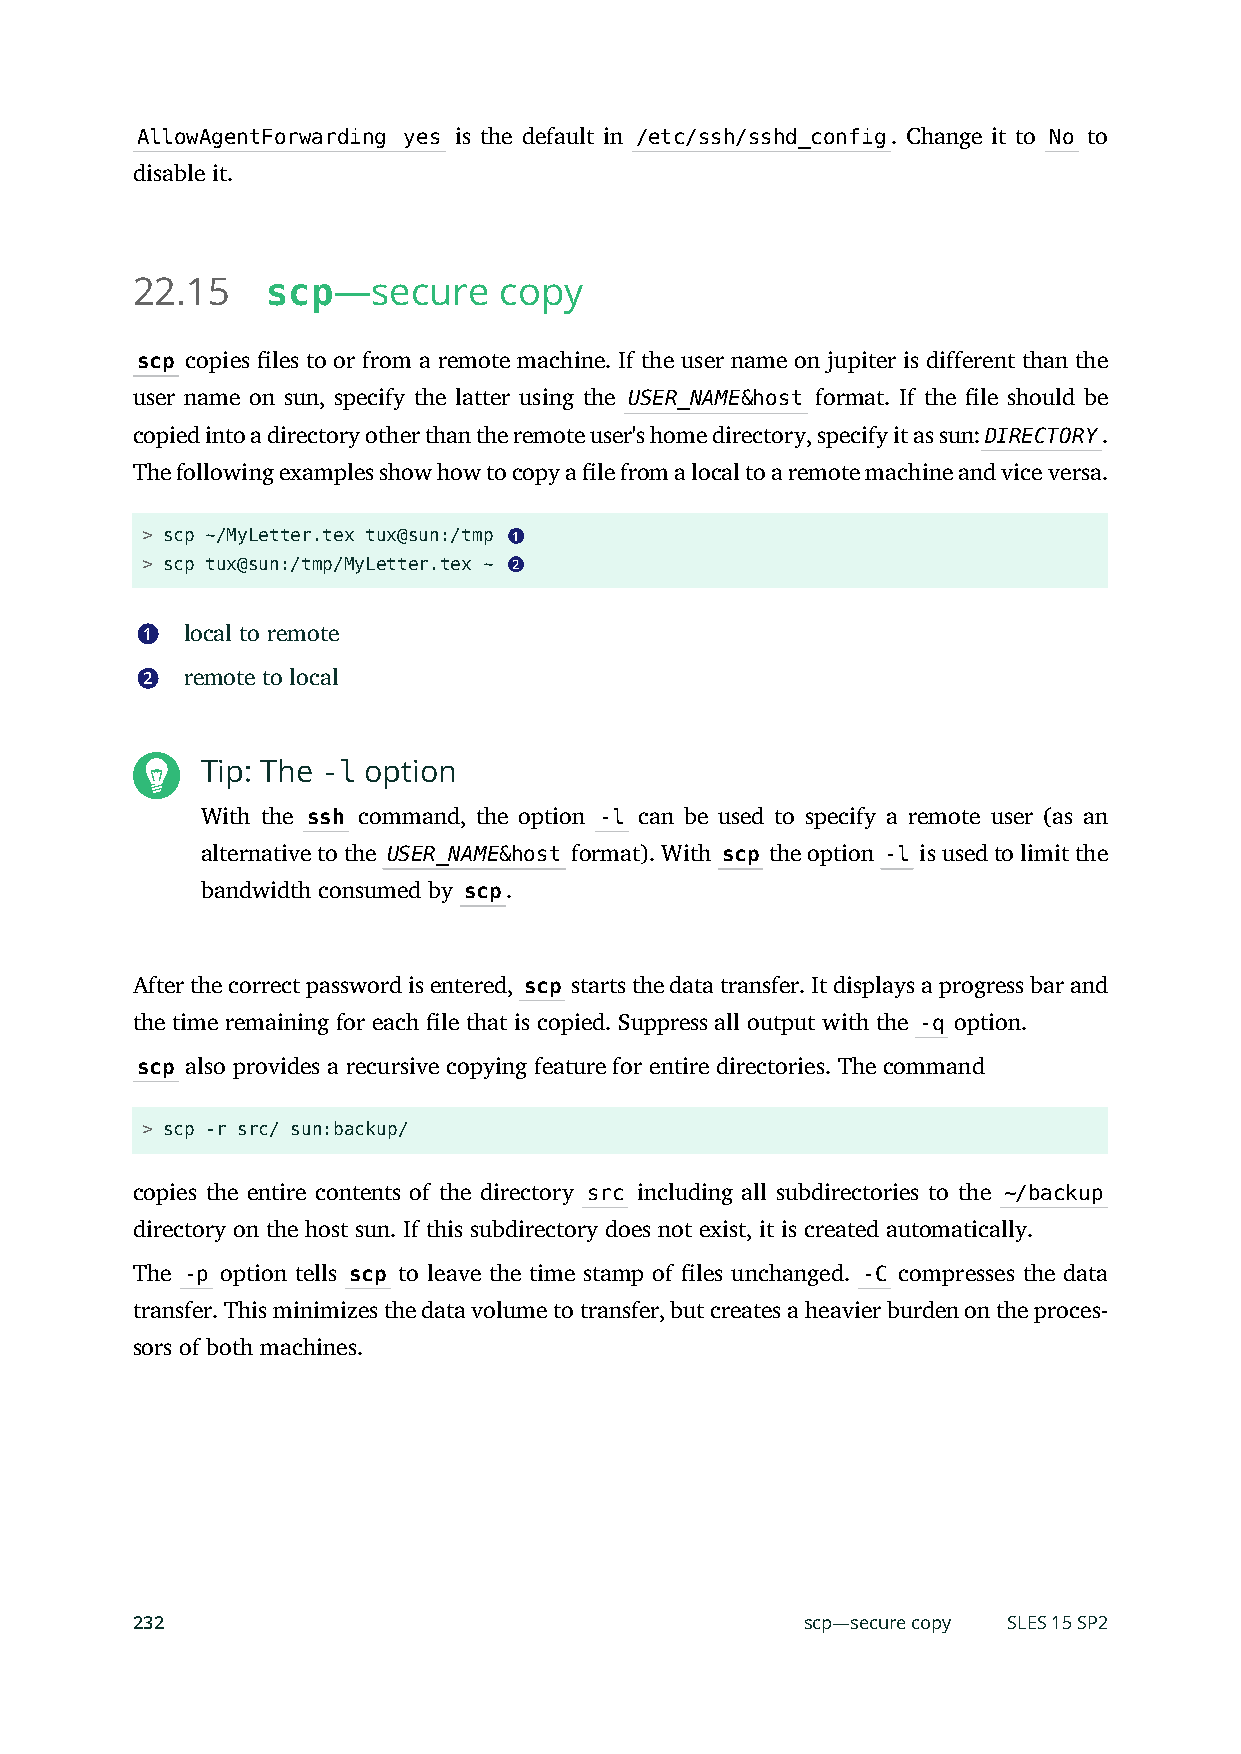
AllowAgentForwarding yes is the default in /etc/ssh/sshd_config. Change it to No to
 disable it.
 22.15    scp—secure     copy
 scp copies les to or from a remote machine. If the user name on jupiter is different than the
 user name on sun, specify the latter using the USER_NAME&host format. If the le should be
 copied into a directory other than the remote user's home directory, specify it as sun:DIRECTORY.
 The following examples show how to copy a le from a local to a remote machine and vice versa.
 > scp ~/MyLetter.tex tux@sun:/tmp 1
 > scp tux@sun:/tmp/MyLetter.tex ~ 2
 1  local to remote
 2  remote to local
 Tip: The -l option
 With the ssh command, the option -l can be used to specify a remote user (as an
 alternative to the USER_NAME&host format). With scp the option -l is used to limit the
 bandwidth consumed by scp.
 After the correct password is entered, scp starts the data transfer. It displays a progress bar and
 the time remaining for each le that is copied. Suppress all output with the -q option.
 scp also provides a recursive copying feature for entire directories. The command
 > scp -r src/ sun:backup/
 copies the entire contents of the directory src including all subdirectories to the ~/backup
 directory on the host sun. If this subdirectory does not exist, it is created automatically.
 The -p option tells scp to leave the time stamp of les unchanged. -C compresses the data
 transfer. This minimizes the data volume to transfer, but creates a heavier burden on the proces-
 sors of both machines.
 232                                         scp—secure copy SLES 15 SP2